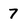
Character: 7